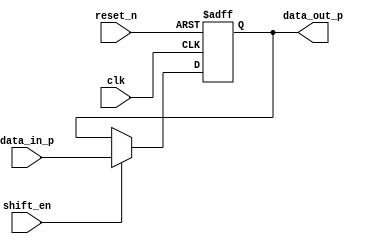
module shift_reg #(parameter DATA_LENGTH = 12)(
    input clk, 
    input reset_n, 
    input shift_en, 
    input [DATA_LENGTH-1:0] data_in_p,
    output reg [DATA_LENGTH-1:0] data_out_p
); 

    always @(posedge clk or negedge reset_n) begin
        if(!reset_n)
            data_out_p <= 'b0; 
        else 
            data_out_p <= shift_en ? data_in_p: data_out_p; 
    end 
endmodule